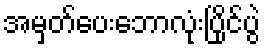
အမှတ်ပေးဘောလုံးပြိုင်ပွဲ